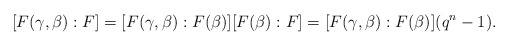
\begin{align*} [F(\gamma,\beta):F]=[F(\gamma,\beta):F(\beta)][F(\beta):F]=[F(\gamma,\beta):F(\beta)](q^n-1).\ \end{align*}